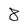
Character: 8